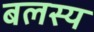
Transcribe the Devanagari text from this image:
बलस्य